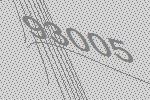
93005